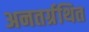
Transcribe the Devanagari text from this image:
अनतर्ग्रथित